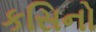
કસિનો